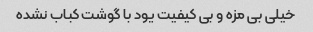
خیلی بی مزه و بی کیفیت یود با گوشت کباب نشده